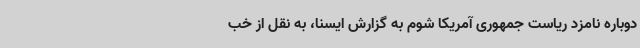
دوباره نامزد ریاست جمهوری آمریکا شوم به گزارش ایسنا، به نقل از خب